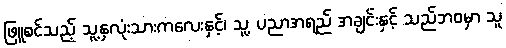
ဖြူစင်သည့် သူ့နှလုံးသားကလေးနှင့်၊ သူ့ ပညာအရည် အချင်းနှင့် သည်ဘဝမှာ သူ